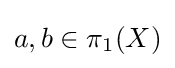
a,b\in \pi _{1}(X)